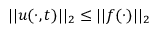
| | u ( \cdot , t ) | | _ { 2 } \leq | | f ( \cdot ) | | _ { 2 }